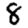
Digit: 8